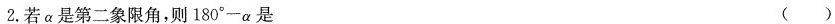
2.若α是第二象限角，则$$1 8 0 ° - α$$是 ( )